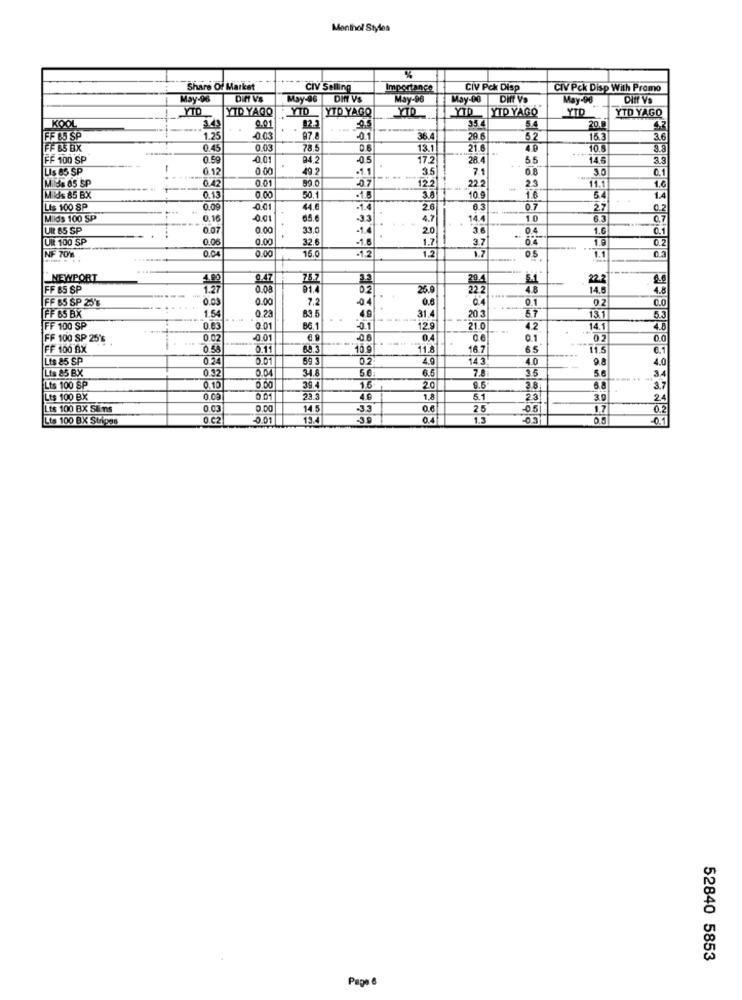
Menthol Styles
Share Of Market
CIV Selling
Importance
CIV Pck Disp
CIV Pck Disp With Promo
May-98
DIH VS
May-06
DIN V'S
May-86
May-00
Dift Va
May-96
YTD
YTD YAGO
VID |YTD YAGO
YTP YAGO
YTD
KOOL
YTD
YTD YAGO
9.01
92.3
35.4
5.4
20.0
FF 85 SP
1.25
-0.03
97.8
-0.1
36.4
29.6
52
15.3
36
FF 65 BX
0.45
0.03
78.5
0.6
13.11
21.6
40
10.5
FF 100 SP
0.59
-0.01
84.2
-0.5
17,2
28.4
55
14.5
3.3
LIS 85 SP
-
0.12
0.00
49.2
-1.1
35
7.1
0.8
30
0.1
Milde 85 SP
0.42
0.01
89.0
-0.7
12.2
22.2
23
11.1
1.0
Milds 85 BX
0.13
0.00
50.1
.1.8
10 9
1.6
1.4
LIS 100 SP
0.09
-0.01
44.6
1.4
2.6
6.3
0.7
27
0.2
MIids 100 SP
0.16
65.6
4.7
14.4
10
63
0.7
UIL 85 SP
0.07
0.00
33.0
20
36
0.4
1.6
01
Uit 100 SP
0.00
0.00
32.6
1.7
3.7
04
1.9
NF 70'8
0.04
0.00
16.0
1.2
1.1
1.7
NEWPORT
4.00
0.47
20.4
22.2
FF 85 SP
1.27
0.09
91.4
0.2
26.0
22.2
4.8
14.6
4.8
FF 65 SP 25'%
---
0.00
7.2
0.6
04
0.1
0.2
0.0
...
1.54
83.5
31
20 3
57
53
FF 65 BX
0.23
49
---
13.1
FF 100 SP
0.83
0.01
12.9
21.0
4.2
14.1
4.8
FF 100 SP 25's
0.02
-0.01
0.1
02
0.0
FF 100 6X
0.58
0.11
69.3
10.9
11.8
16.7
65
11.5
6.1
Lts 85 SP
0.24
0.01
59.3
02
49
143
4.0
4.0
042
34.8
5.6
6.
7.8
5.6
34
Lis 85 B.X
35
Lts 100 SP
0.15
39.4
16
2.0
9.5
3.8
6.8
3.7
Lts 100 BX
0.00
0.01
23 3
46
1.8
5.1
23
30
24
Lts 100 BX Sins
0.03
0.00
14.5
3.3
20
-0.5
1.7
0.2
Lts 100 BX Stripes
O.C2
0.01
13.4
-3.9
0.4
1.3
03
0.1
52840 5853
Page 6